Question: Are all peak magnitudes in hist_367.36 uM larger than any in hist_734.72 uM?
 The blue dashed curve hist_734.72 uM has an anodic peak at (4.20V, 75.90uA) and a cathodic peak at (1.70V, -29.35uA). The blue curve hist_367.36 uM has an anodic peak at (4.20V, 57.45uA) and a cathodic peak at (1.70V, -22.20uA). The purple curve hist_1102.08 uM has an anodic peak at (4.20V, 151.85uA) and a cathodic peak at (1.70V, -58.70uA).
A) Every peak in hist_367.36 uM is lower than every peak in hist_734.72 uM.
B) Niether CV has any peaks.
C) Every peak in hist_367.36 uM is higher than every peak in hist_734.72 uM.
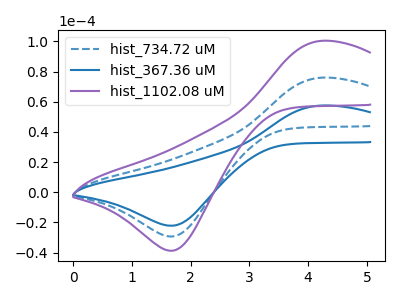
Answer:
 <answer>A) Every peak in "hist_367.36 uM" is lower than every peak in "hist_734.72 uM".</answer>
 <eval>A</eval>